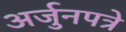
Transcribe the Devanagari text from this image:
अर्जुनपत्रे